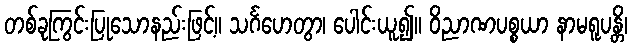
တစ်ခုကြွင်းပြုသောနည်းဖြင့်။ သင်္ဂဟေတွာ၊ ပေါင်းယူ၍။ ဝိညာဏပစ္စယာ နာမရူပန္တိ၊